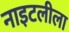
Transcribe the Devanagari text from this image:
नाइटलीला